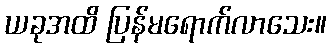
ယခုအထိ ပြန်မရောက်လာသေး။